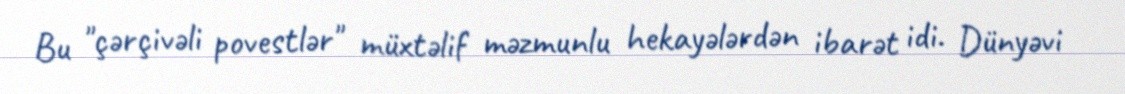
Bu "çərçivəli povestlər" müxtəlif məzmunlu hekayələrdən ibarət idi. Dünyəvi